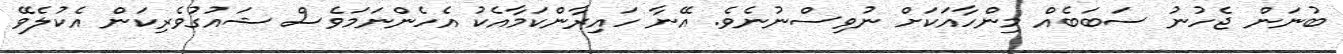
ބުނަން ޖެހުނު ސަބަބެއް މިންހާއަކަށް ނުވިސްނުނެވެ. އޭނާ ހައިރާންކަމާއެކު އެހެންނަމަވެސް ޝައުގުވެރިކަން އެކުލެވޭ